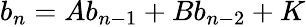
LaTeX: b_{n}=Ab_{n-1}+Bb_{n-2}+K